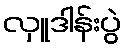
လှူဒါန်းပွဲ